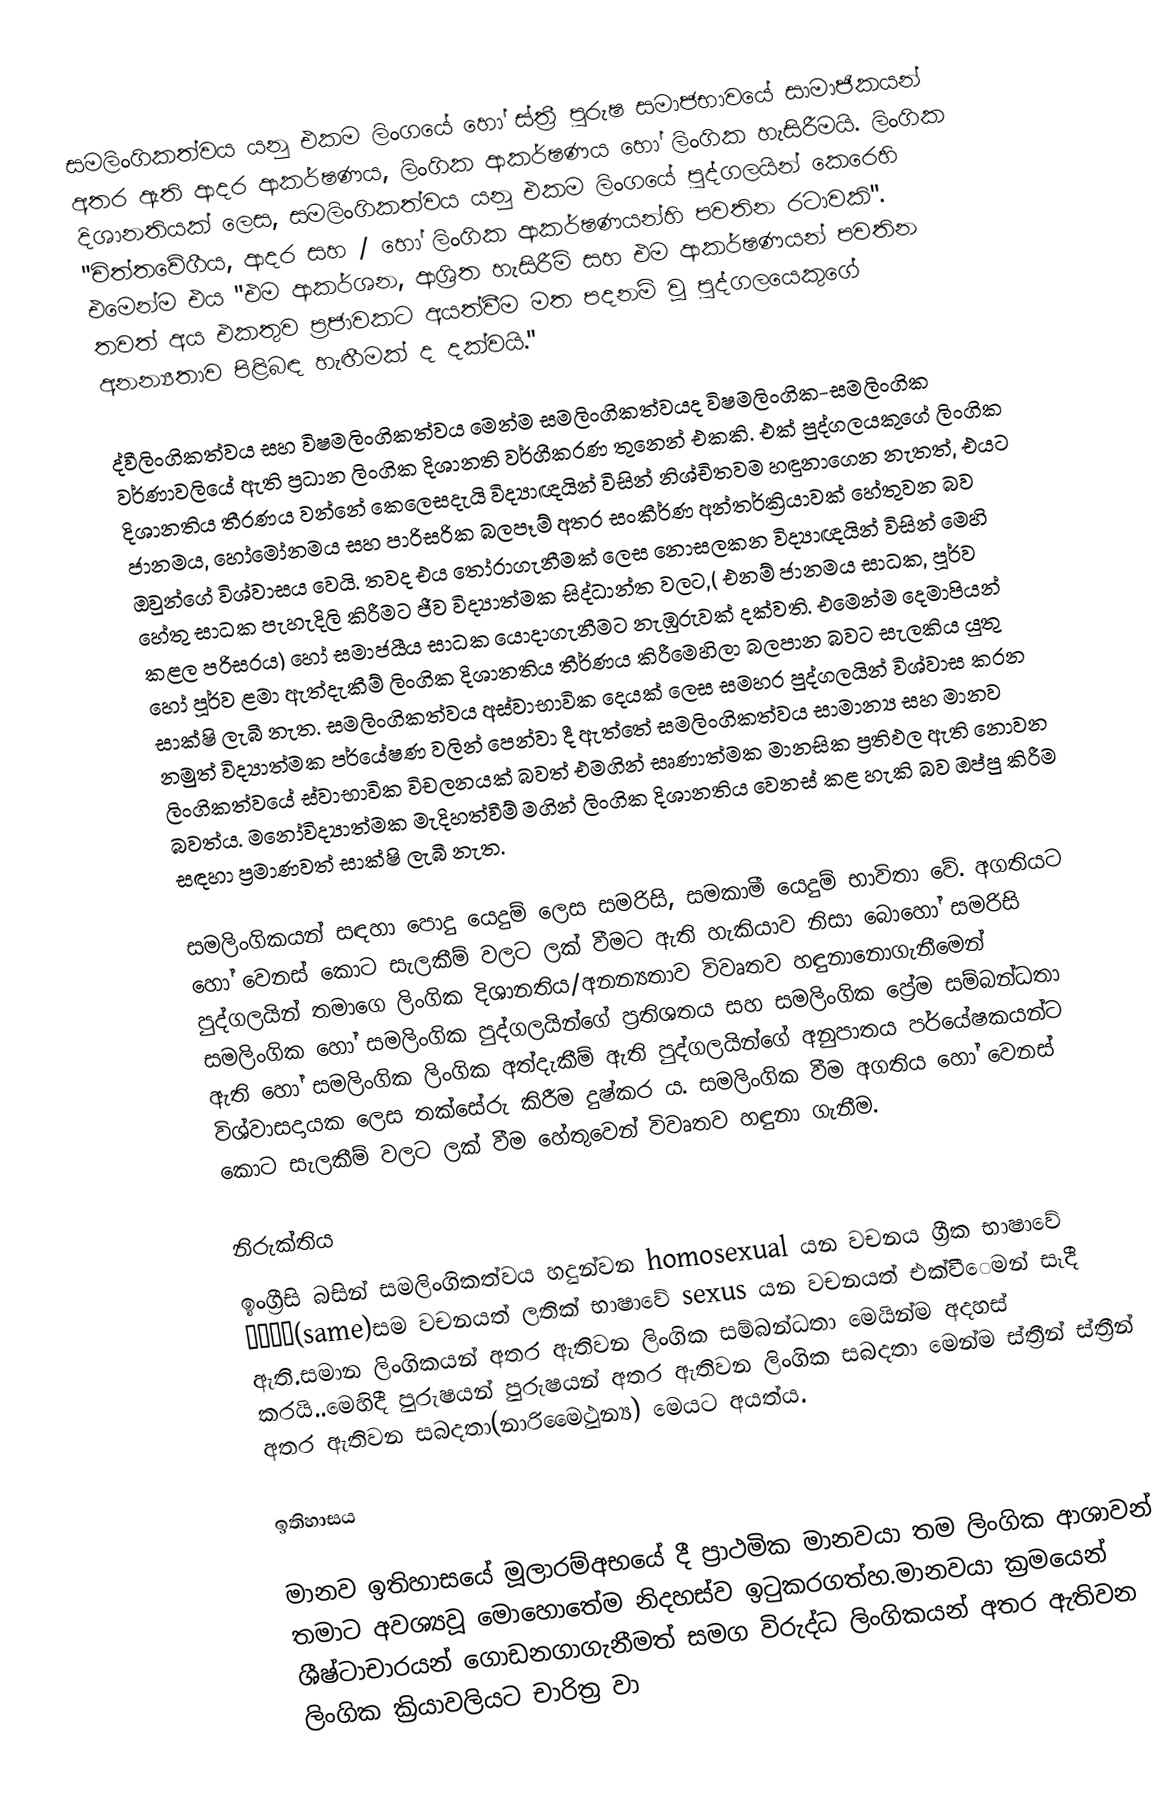
සමලිංගිකත්වය යනු එකම ලිංගයේ හෝ ස්ත්‍රී පුරුෂ සමාජභාවයේ සාමාජිකයන් අතර ඇති ආදර ආකර්ෂණය, ලිංගික ආකර්ෂණය හෝ ලිංගික හැසිරීමයි. ලිංගික දිශානතියක් ලෙස, සමලිංගිකත්වය යනු එකම ලිංගයේ පුද්ගලයින් කෙරෙහි "චිත්තවේගීය, ආදර සහ / හෝ ලිංගික ආකර්ෂණයන්හි පවතින රටාවකි". එමෙන්ම එය "එම ආකර්ශන, ආශ්‍රිත හැසිරීම් සහ එම ආකර්ෂණයන් පවතින තවත් අය එකතුව ප්‍රජාවකට අයත්වීම මත පදනම් වූ පුද්ගලයෙකුගේ අනන්‍යතාව පිළිබඳ හැඟීමක් ද දක්වයි."

ද්වීලිංගිකත්වය සහ විෂමලිංගිකත්වය මෙන්ම සමලිංගිකත්වයද විෂමලිංගික-සමලිංගික වර්ණාවලියේ ඇති ප්‍රධාන ලිංගික දිශානති වර්ගීකරණ තුනෙන් එකකි. එක් පුද්ගලයකුගේ ලිංගික දිශානතිය තීරණය වන්නේ කෙලෙසදැයි විද්‍යාඥයින් විසින් නිශ්චිතවම හඳුනාගෙන නැතත්, එයට ජානමය, හෝමෝනමය සහ පාරිසරික බලපෑම් අතර සංකීර්ණ අන්තර්ක්‍රියාවක් හේතුවන බව ඔවුන්ගේ විශ්වාසය වෙයි. තවද එය තෝරාගැනීමක් ලෙස නොසලකන විද්‍යාඥයින් විසින් මෙහි හේතු සාධක පැහැදිලි කිරීමට ජීව විද්‍යාත්මක සිද්ධාන්ත වලට,( එනම් ජානමය සාධක, පූර්ව කළල පරිසරය) හෝ  සමාජයීය සාධක යොදාගැනීමට නැඹුරුවක් දක්වති. එමෙන්ම දෙමාපියන් හෝ පූර්ව ළමා ඇත්දැකීම් ලිංගික දිශානතිය තීර්ණය කිරීමෙහිලා බලපාන බවට සැලකිය යුතු සාක්ෂි ලැබී නැත. සමලිංගිකත්වය අස්වාභාවික දෙයක් ලෙස සමහර පුද්ගලයින් විශ්වාස කරන නමුත් විද්‍යාත්මක පර්යේෂණ වලින් පෙන්වා දී ඇත්තේ සමලිංගිකත්වය සාමාන්‍ය සහ මානව ලිංගිකත්වයේ ස්වාභාවික විචලනයක් බවත් එමගින් සෘණාත්මක මානසික ප්‍රතිඵල ඇති නොවන බවත්ය. මනෝවිද්‍යාත්මක මැදිහත්වීම් මගින් ලිංගික දිශානතිය වෙනස් කළ හැකි බව ඔප්පු කිරීම සඳහා ප්‍රමාණවත් සාක්ෂි ලැබී නැත.

සමලිංගිකයන් සඳහා පොදු යෙදුම් ලෙස සමරිසි, සමකාමී යෙදුම් භාවිතා වේ. අගතියට හෝ වෙනස් කොට සැලකීම් වලට ලක් වීමට ඇති හැකියාව නිසා බොහෝ සමරිසි පුද්ගලයින් තමාගෙ ලිංගික දිශානතිය/අනන්‍යතාව විවෘතව හඳුනානොගැනීමෙන් සමලිංගික හෝ සමලිංගික පුද්ගලයින්ගේ ප්‍රතිශතය සහ සමලිංගික ප්‍රේම සම්බන්ධතා ඇති හෝ සමලිංගික ලිංගික අත්දැකීම් ඇති පුද්ගලයින්ගේ අනුපාතය පර්යේෂකයන්ට විශ්වාසදායක ලෙස තක්සේරු කිරීම දුෂ්කර ය. සමලිංගික වීම අගතිය හෝ වෙනස් කොට සැලකීම් වලට ලක් වීම හේතුවෙන් විවෘතව හඳුනා ගැනීම.

නිරුක්තිය
ඉංග්‍රීසි බසින් සමලිංගිකත්වය හදුන්වන homosexual යන වචනය ග්‍රීක භාෂාවේ ὁμός(same)සම වචනයත් ලතික් භාෂාවේ  sexus යන වචනයත් එක්වීෙමන් සෑදී ඇති.සමාන ලිංගිකයන් අතර ඇතිවන ලිංගික සම්බන්ධතා  මෙයින්ම අදහස් කරයි..මෙහිදී පුරුෂයන් පුරුෂයන් අතර ඇතිවන ලිංගික සබදතා මෙන්ම  ස්ත්‍රීන් ස්ත්‍රීන් අතර ඇතිවන සබදතා(නාරිමෛථුන්‍ය) මෙයට අයත්ය.

ඉතිහාසය

මානව ඉතිහාසයේ මූලාරම්අභයේ දී ප්‍රාථමික මානවයා තම ලිංගික ආශාවන් තමාට අවශ්‍යවූ මොහොතේම නිදහස්ව ඉටුකරගත්හ.මානවයා ක්‍රමයෙන් ශීෂ්ටාචාරයන් ගොඩනගාගැනීමත් සමග විරුද්ධ ලිංගිකයන් අතර ඇතිවන ලිංගික ක්‍රියාවලියට චාරිත්‍ර වා